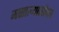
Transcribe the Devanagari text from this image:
मसाल्यासोबत